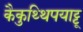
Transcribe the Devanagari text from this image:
कैकुथ्थिपयाट्टू